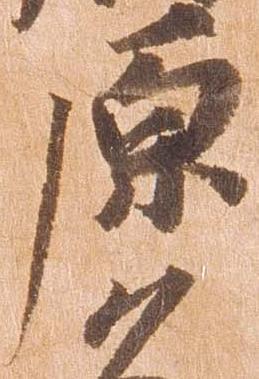
原